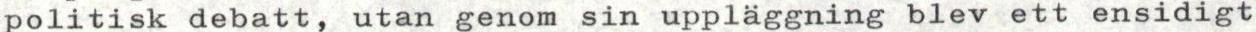
politisk debatt, utan genom sin uppläggning blev ett ensidigt